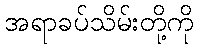
အရာခပ်သိမ်းတို့ကို